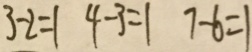
3 - 2 = 1 4 - 3 = 1 7 - 6 = 1